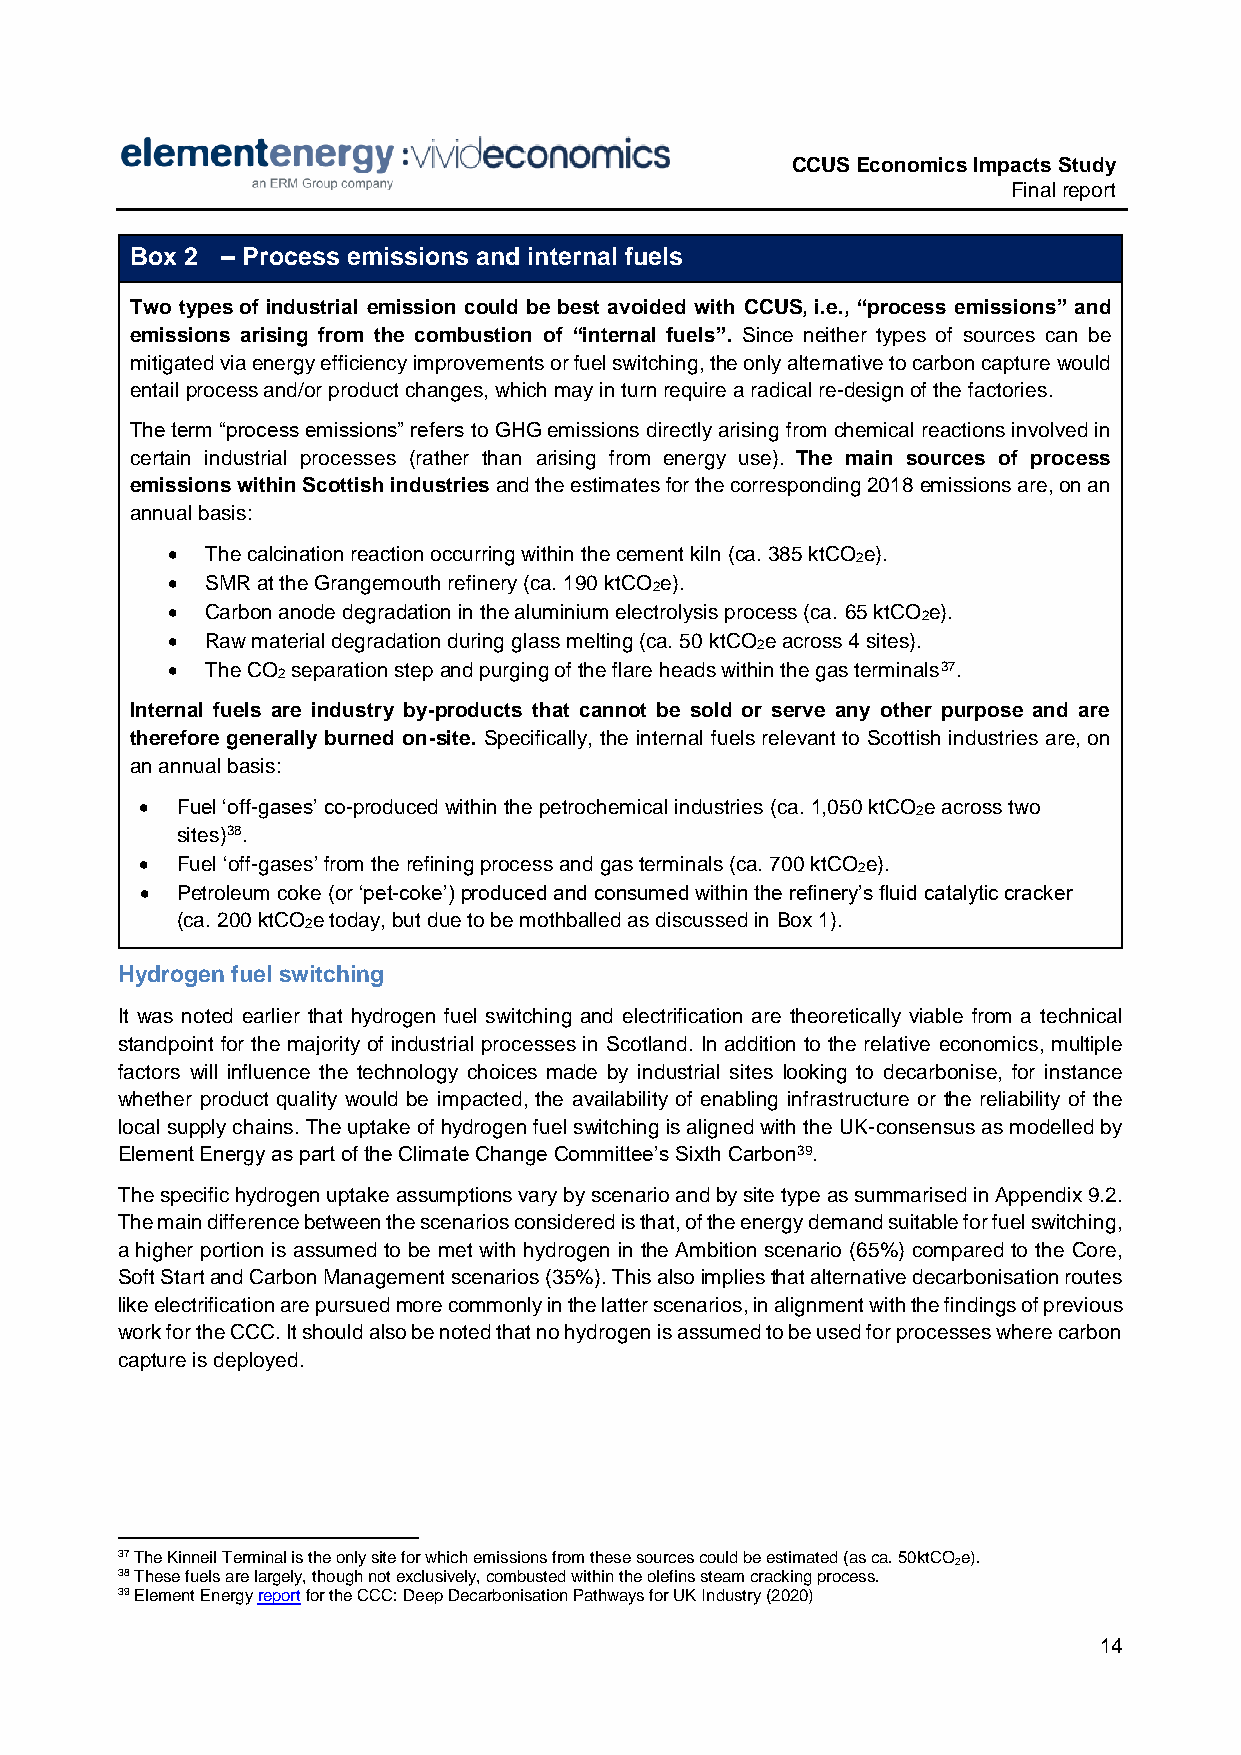
CCUS Economics Impacts Study
 Final report
 Box 2 – Process emissions and internal fuels
 Two types of industrial emission could be best avoided with CCUS, i.e., “process emissions” and
 emissions arising from the combustion of “internal fuels”. Since neither types of sources can be
 mitigated via energy efficiency improvements or fuel switching, the only alternative to carbon capture would
 entail process and/or product changes, which may in turn require a radical re-design of the factories.
 The term “process emissions” refers to GHG emissions directly arising from chemical reactions involved in
 certain industrial processes (rather than arising from energy use). The main sources of process
 emissions within Scottish industries and the estimates for the corresponding 2018 emissions are, on an
 annual basis:
   The calcination reaction occurring within the cement kiln (ca. 385 ktCO e).
 2
   SMR at the Grangemouth refinery (ca. 190 ktCO e).
 2
   Carbon anode degradation in the aluminium electrolysis process (ca. 65 ktCO e).
 2
   Raw material degradation during glass melting (ca. 50 ktCO e across 4 sites).
 2
   The CO separation step and purging of the flare heads within the gas terminals37.
 2
 Internal fuels are industry by-products that cannot be sold or serve any other purpose and are
 therefore generally burned on-site. Specifically, the internal fuels relevant to Scottish industries are, on
 an annual basis:
   Fuel ‘off-gases’ co-produced within the petrochemical industries (ca. 1,050 ktCO e across two
 2
 sites)38.
   Fuel ‘off-gases’ from the refining process and gas terminals (ca. 700 ktCO e).
 2
   Petroleum coke (or ‘pet-coke’) produced and consumed within the refinery’s fluid catalytic cracker
 (ca. 200 ktCO e today, but due to be mothballed as discussed in Box 1).
 2
 Hydrogen fuel switching
 It was noted earlier that hydrogen fuel switching and electrification are theoretically viable from a technical
 standpoint for the majority of industrial processes in Scotland. In addition to the relative economics, multiple
 factors will influence the technology choices made by industrial sites looking to decarbonise, for instance
 whether product quality would be impacted, the availability of enabling infrastructure or the reliability of the
 local supply chains. The uptake of hydrogen fuel switching is aligned with the UK-consensus as modelled by
 Element Energy as part of the Climate Change Committee’s Sixth Carbon39.
 The specific hydrogen uptake assumptions vary by scenario and by site type as summarised in Appendix 9.2.
 The main difference between the scenarios considered is that, of the energy demand suitable for fuel switching,
 a higher portion is assumed to be met with hydrogen in the Ambition scenario (65%) compared to the Core,
 Soft Start and Carbon Management scenarios (35%). This also implies that alternative decarbonisation routes
 like electrification are pursued more commonly in the latter scenarios, in alignment with the findings of previous
 work for the CCC. It should also be noted that no hydrogen is assumed to be used for processes where carbon
 capture is deployed.
 37 The Kinneil Terminal is the only site for which emissions from these sources could be estimated (as ca. 50ktCOe).
 2
 38 These fuels are largely, though not exclusively, combusted within the olefins steam cracking process.
 39 Element Energy report for the CCC: Deep Decarbonisation Pathways for UK Industry (2020)
 14